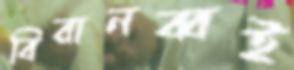
বিরানব্বই